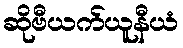
ဆိုဗီယက်ယူနီယံ